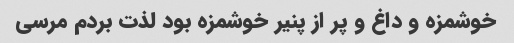
خوشمزه و داغ و پر از پنیر خوشمزه بود لذت بردم مرسی